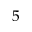
_ { 5 }